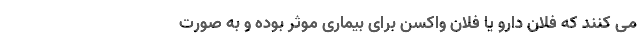
می کنند که فلان دارو یا فلان واکسن برای بیماری موثر بوده و به صورت